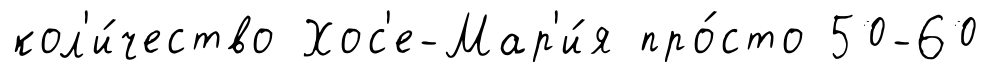
кол'и́чество Хос'е-Мар'и́я про́сто 50-60